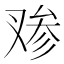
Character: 𰇁